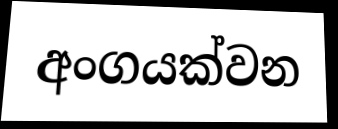
අංගයක්වන